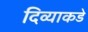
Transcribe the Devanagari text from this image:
दिव्याकडे